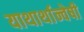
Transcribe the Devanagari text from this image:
याथार्थान्वेषी